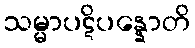
သမ္မာပဋိပန္နောတိ